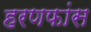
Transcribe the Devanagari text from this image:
हरणफांस